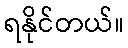
ရနိုင်တယ်။